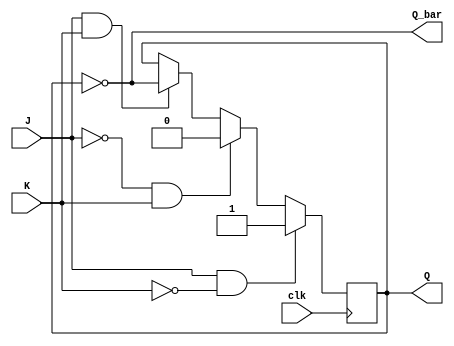
module jk_flipflop (
    input clk,
    input J,
    input K,
    output reg Q,
    output reg Q_bar
);

reg D1, D2;

assign Q = D1;
assign Q_bar = ~D1;

always @(posedge clk) begin
    if(J & ~K) begin
        D1 <= 1;
    end else if(~J & K) begin
        D1 <= 0;
    end else if(J & K) begin
        D1 <= ~D1;
    end
end

endmodule